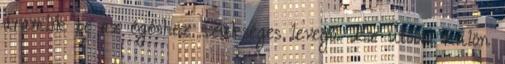
áramlik be az égéshez szükséges levegő. Ez utóbbi külön